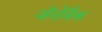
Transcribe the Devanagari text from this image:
जॅनोवैक